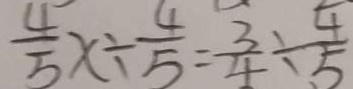
\frac { 4 } { 5 } x \div \frac { 4 } { 5 } = \frac { 3 } { 4 } \div \frac { 4 } { 5 }